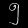
Digit: ၅